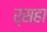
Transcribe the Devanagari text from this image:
र्सहा